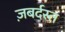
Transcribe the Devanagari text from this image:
ज़बर्दस्‍त